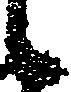
に